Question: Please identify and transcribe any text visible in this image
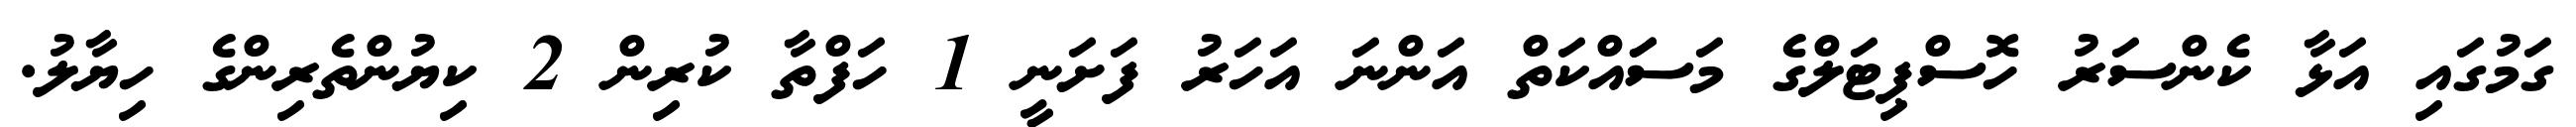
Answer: ގަމުގައި އަޅާ ކެންސަރު ހޮސްޕިޓަލްގެ މަސަައްކަތް އަންނަ އަހަރު ފަށަނީ 1 ހަފްތާ ކުރިން 2 ކިޔުންތެރިންގެ ހިޔާލު.